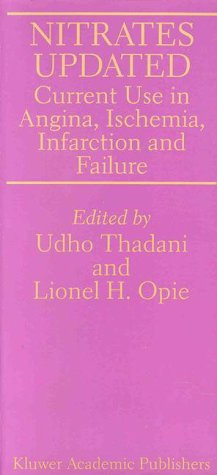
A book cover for Nitrates Updated: Current Use in Angina, Ischemia, Infarction and Failure; Medical Books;